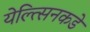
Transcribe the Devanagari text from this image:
येल्त्सिनकडे